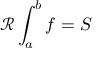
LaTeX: { \mathcal { R } } \int _ { a } ^ { b } f = S